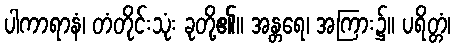
ပါကာရာနံ၊ တံတိုင်းသုံး ခုတို့၏။ အန္တရေ၊ အကြား၌။ ပရိတ္တံ၊